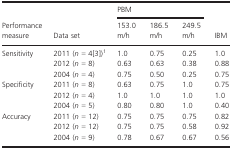
| <ROWSPAN=3> Performance measure | <ROWSPAN=3> Data set | <COLSPAN=3> PBM | <ROWSPAN=3> IBM |
 | 153.0 m/h | 186.5 m/h | 249.5 m/h |
 | --- | --- | --- | --- | --- | --- |
 | Sensitivity | 2011 (n = 4[3])1 | 1.0 | 0.75 | 0.25 | 1.0 |
 |  | 2012 (n = 8) | 0.63 | 0.63 | 0.38 | 0.88 |
 |  | 2004 (n = 4) | 0.75 | 0.50 | 0.25 | 0.75 |
 | Specificity | 2011 (n = 8) | 0.63 | 0.75 | 1.0 | 0.75 |
 |  | 2012 (n = 4) | 1.0 | 1.0 | 1.0 | 1.0 |
 |  | 2004 (n = 5) | 0.80 | 0.80 | 1.0 | 0.40 |
 | Accuracy | 2011 (n = 12) | 0.75 | 0.75 | 0.75 | 0.82 |
 |  | 2012 (n = 12) | 0.75 | 0.75 | 0.58 | 0.92 |
 |  | 2004 (n = 9) | 0.78 | 0.67 | 0.67 | 0.56 |